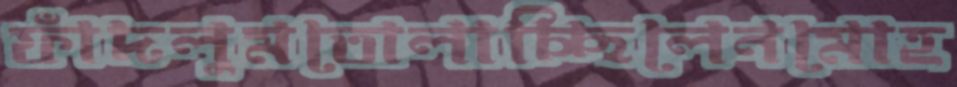
ফাঁদলুমতোলাচ্ছিলেনমোহ